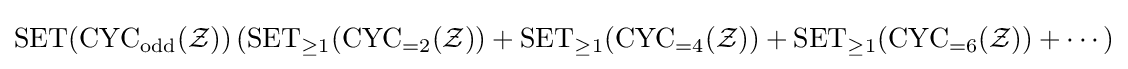
\operatorname {SET} (\operatorname {CYC} _{\operatorname {odd} }({\mathcal {Z}}))\left(\operatorname {SET} _{\geq 1}(\operatorname {CYC} _{=2}({\mathcal {Z}}))+\operatorname {SET} _{\geq 1}(\operatorname {CYC} _{=4}({\mathcal {Z}}))+\operatorname {SET} _{\geq 1}(\operatorname {CYC} _{=6}({\mathcal {Z}}))+\cdots \right)